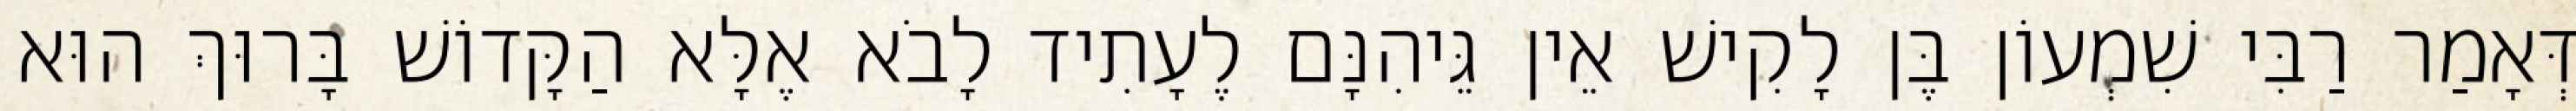
דְּאָמַר רַבִּי שִׁמְעוֹן בֶּן לָקִישׁ אֵין גֵּיהִנָּם לֶעָתִיד לָבֹא אֶלָּא הַקָּדוֹשׁ בָּרוּךְ הוּא